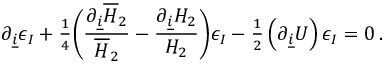
\partial _ { \underline { { i } } } \epsilon _ { I } + { \textstyle \frac { 1 } { 4 } } \biggl ( { \frac { \partial _ { \underline { { i } } } { \overline { { { \cal H } } } _ { 2 } } } { \overline { { { \cal H } } } _ { 2 } } } - { \frac { \partial _ { \underline { { i } } } { \cal H } _ { 2 } } { { \cal H } _ { 2 } } } \biggr ) \epsilon _ { I } - { \textstyle \frac { 1 } { 2 } } \left( \partial _ { \underline { { i } } } U \right) \epsilon _ { I } = 0 \, .